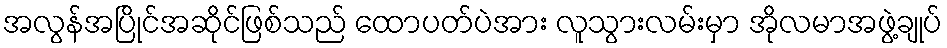
အလွန်အပြိုင်အဆိုင်ဖြစ်သည် ထောပတ်ပဲအား လူသွားလမ်းမှာ အိုလမာအဖွဲ့ချုပ်